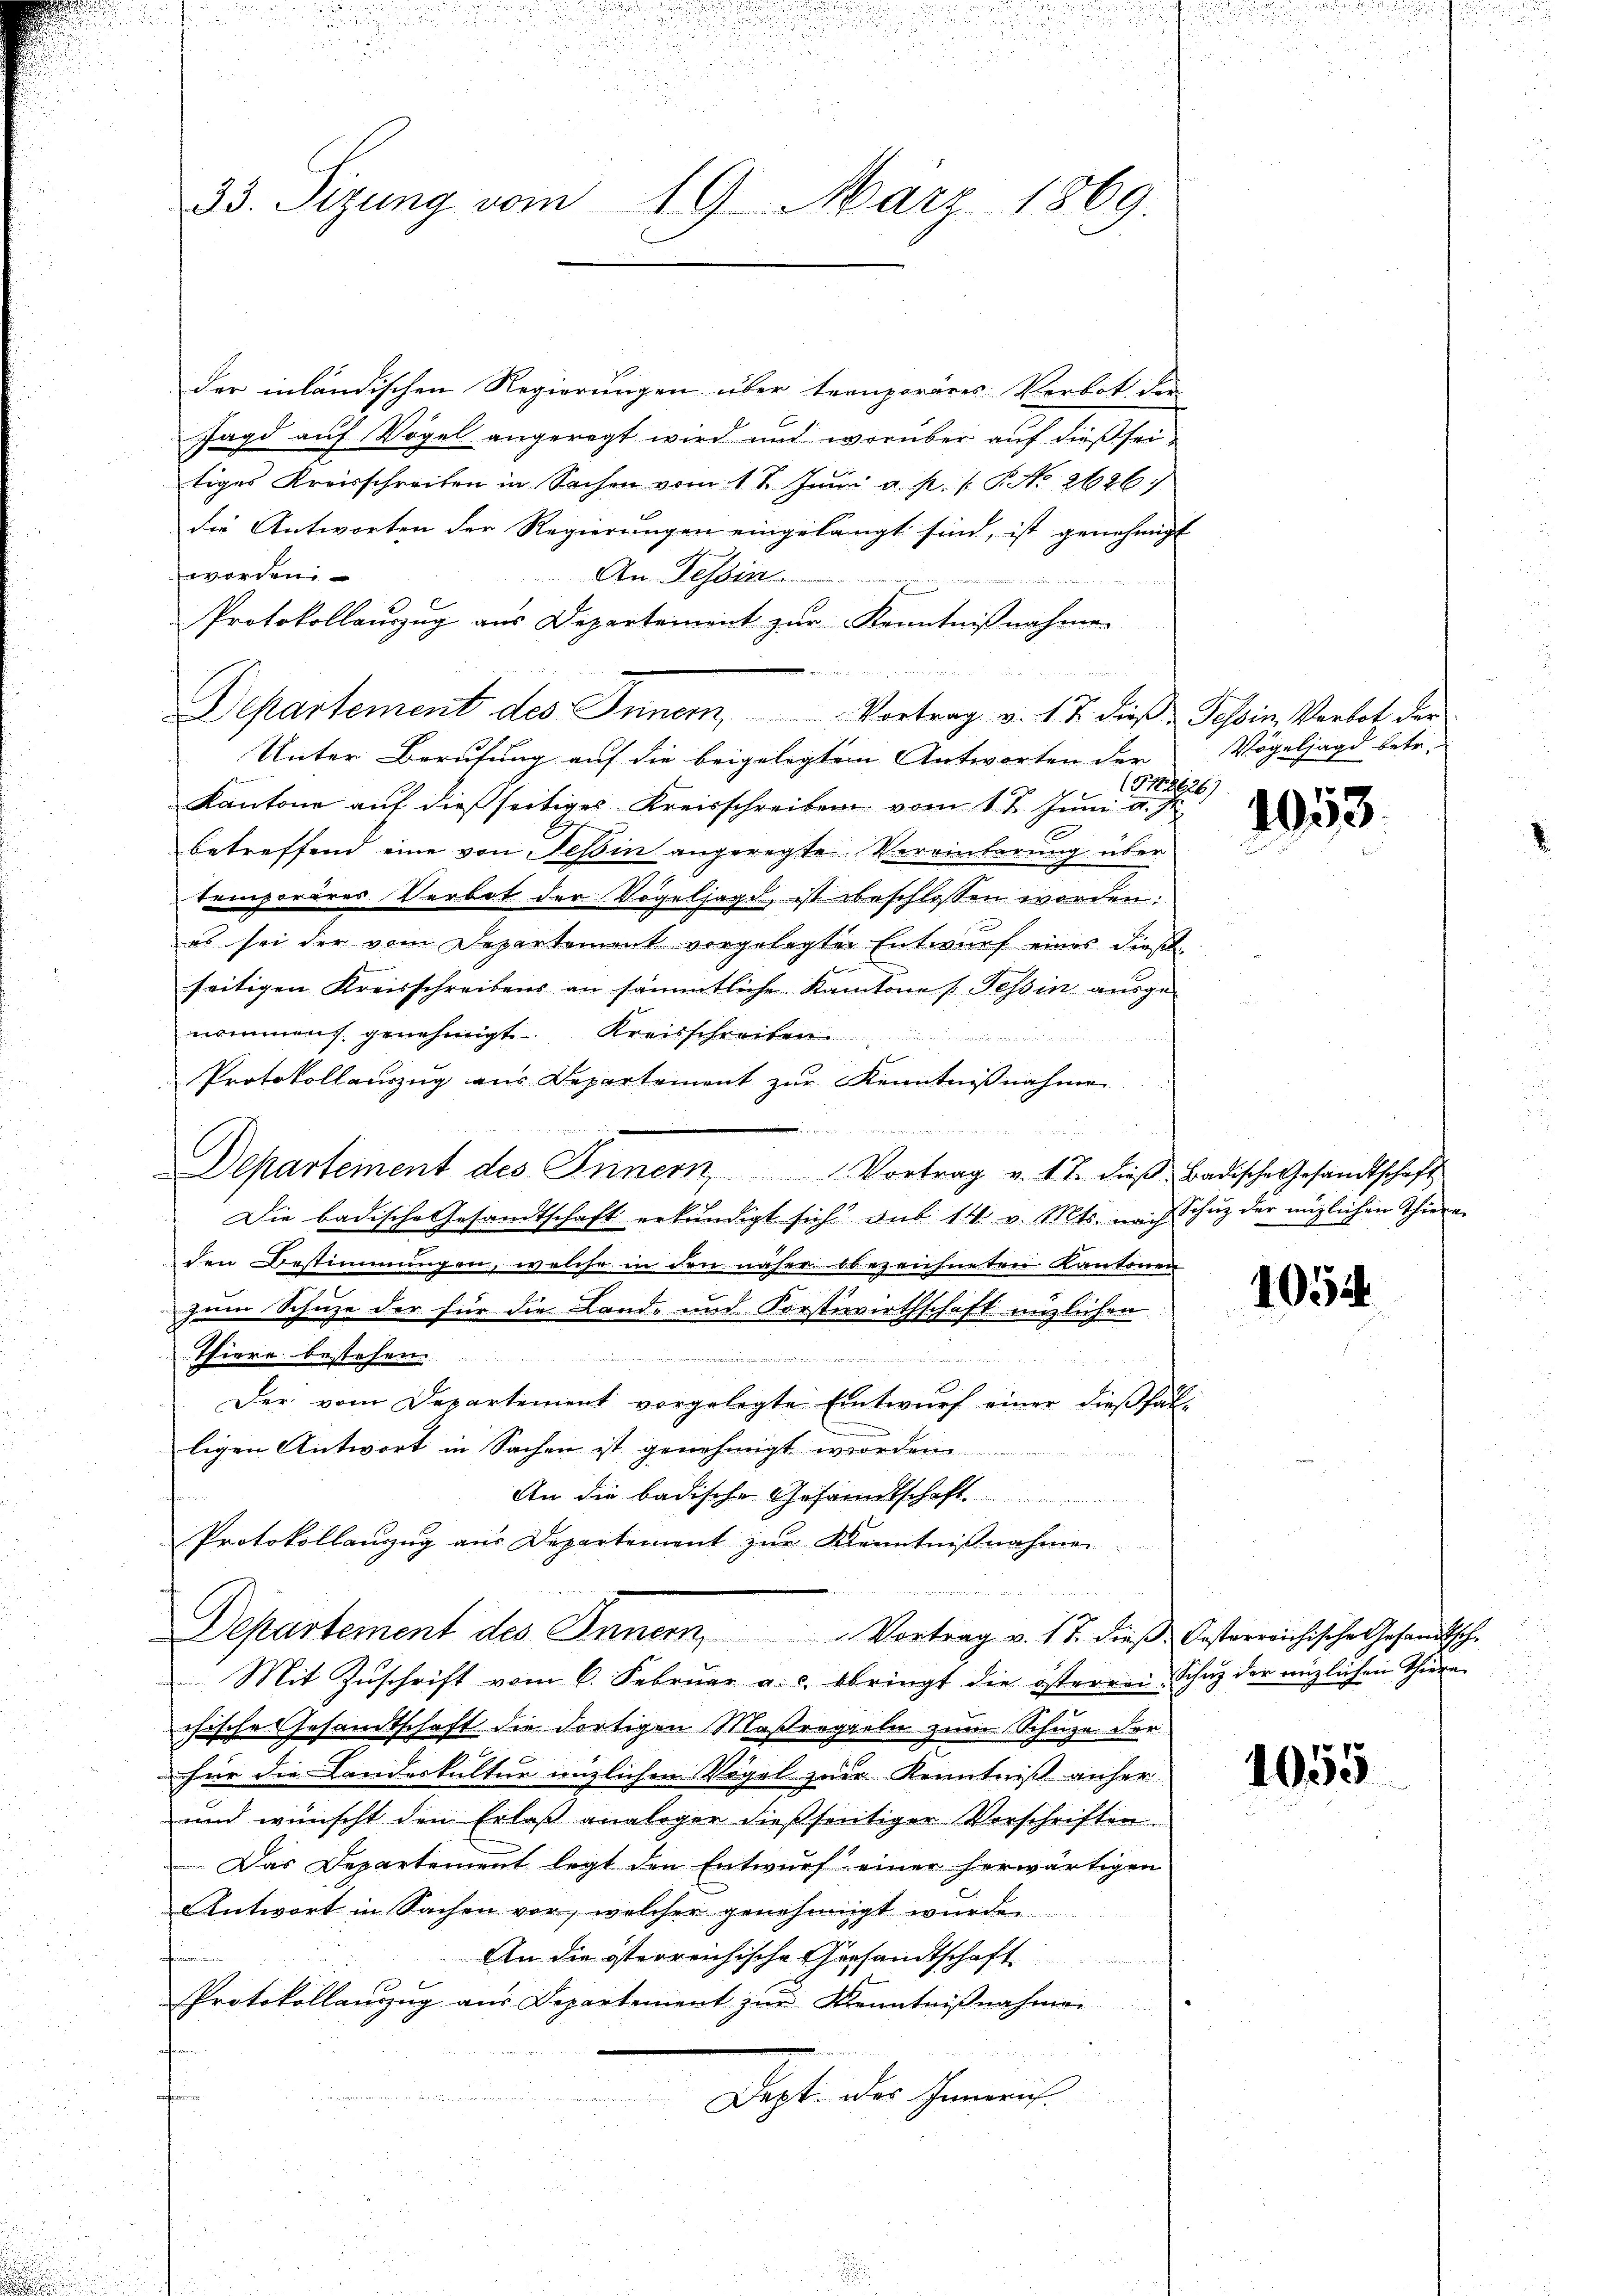
33. Sizung vom 19. März 1869.

der inländischen Regierungen über temporäres Verbot der
Jagd auf Vogel angeregt wird und worüber auf dießseitiges Kreisschreiben in Sachen vom 17. Juni a. p. 1. P. No 26267
die Antworten der Regierungen eingelangt sind, ist genehmigt
worden
An Tessin
Protokollauszug aus Departement zur Kenntnißnahmen
Departement des Inner, Vortrag v. 17. dieß Tessin, Verbot der
Unter Berufung auf die beigelegtem Antworten der
4(P26)
Kantone auf dießseitiges Kreisschreiben vom 1 t Juni d. J.
betreffend eine von Tessin angeregte Verwinterung über
temporäres Verbot der Vögelsagt ist beschlossen worden:
es sei der vom Departement vorgelegter Entwurf eines dießseitigen Kreisschreibens an sämmtliche Kantone (Tessin ausge-
nommen genehmigt. Kreisschreiben.
 eise den Bes
Protokollauszug aus Departement zur Kenntnißnahme
.
Departement des Inner Vortrag v. 17. dieβ Badische Gesandtschaft
Die badische Gesandtschaft erkundigt sich aus 14 v. Mts. nach Schutz der möglichen Thiera
den Bestimmungen, welche in den näher bbezeichneten Kantonen
zum Schuze der für die Land- und Forstivirthschaft enzlichen
Thiere bestehen.
Personen u. Regier
r
Der vom Departement vorgelegte Entwŭrf einer dieβfal-
ligen Antwort in Sachen ist genehmigt werden.
e
An die badische Gesandtschaft
Protokollanzug aus Departement zur Kenntnißnahmen
die Berein
Departement des Innern, Vortrag v. 17. dieß besterreichische Gesandtsche
Mit Zŭschrift vom 6. Febrŭar a. c. bringt die österrei Schutz der enzlichen Thiera
chische Gesandtschaft die dortigen Maßregeln zum Schuze der
für die Landeskultur mitlichen Vögel zur Kenntniß anher
und wünscht den Erlaß analoger dießseitiger Vorschriften.
Das Departement legt den Entwurf einer herwärtigen
Antwort in Sachen vor, welcher genehmigt wurde.
An die österreichische Gersandtschaft
Protokollauszug aus Departement zur Kenntnißnahmen
t
Sisti die Gemein

Vögeljagd betr.

1053.

1054

1055